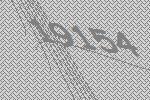
19154